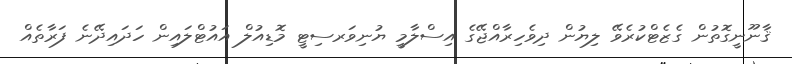
ޤާނޫނީގޮތުން ގެޒެޓްކުރެވޭ ލިޔުން ދިވެހިރާއްޖޭގެ އިސްލާމީ ޔުނިވަރސިޓީ މޮޑިއުލް އައުޓްލައިން ހަދައިދޭނެ ފަރާތެއް